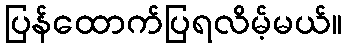
ပြန်ထောက်ပြရလိမ့်မယ်။